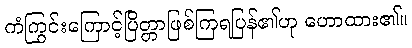
ကံကြွင်းကြောင့်ပြိတ္တာဖြစ်ကြရပြန်၏ဟု ဟောထား၏။